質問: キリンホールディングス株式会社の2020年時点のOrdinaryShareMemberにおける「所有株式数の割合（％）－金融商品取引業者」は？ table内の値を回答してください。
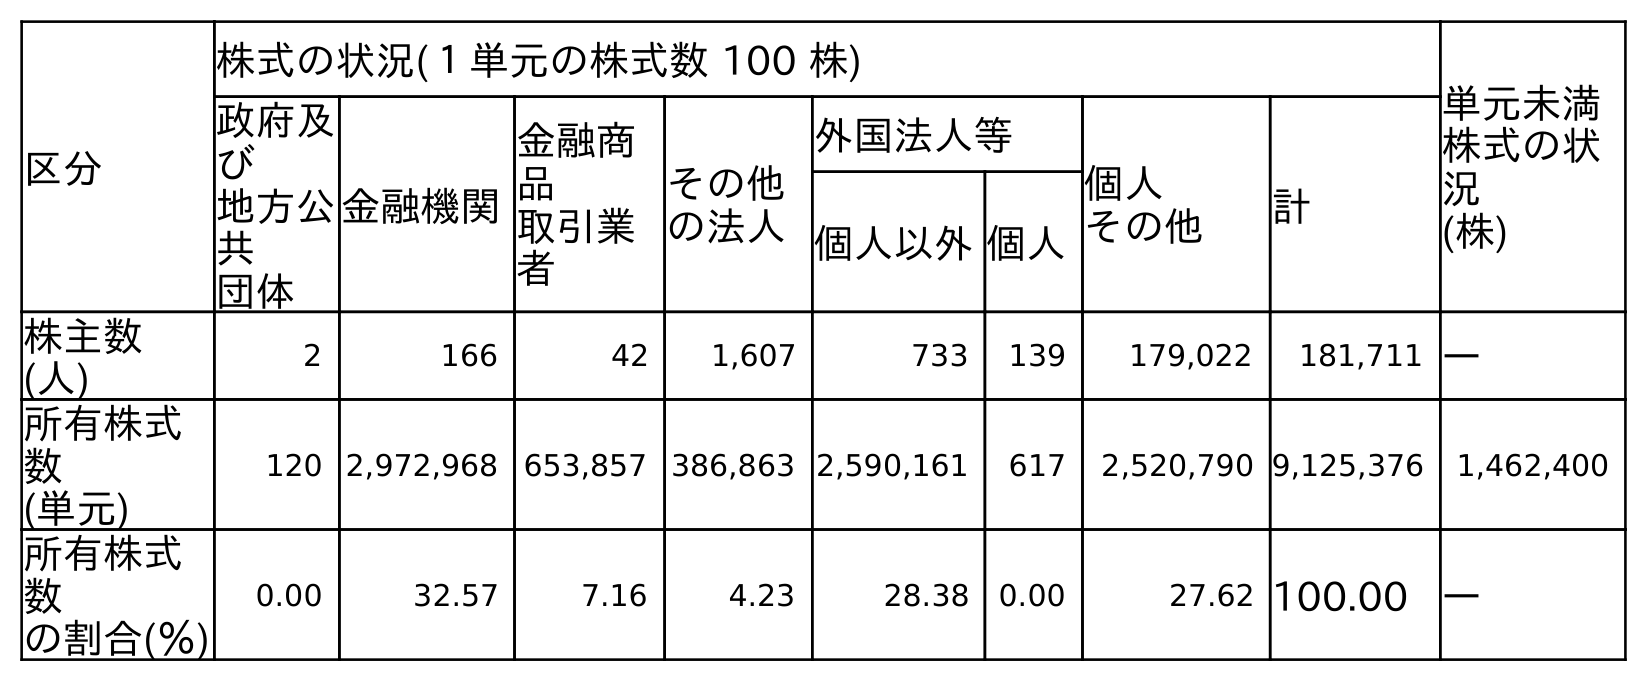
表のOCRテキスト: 区分 株式の状況(１単元の株式数 100 株) 単元未満 株式の状 況 (株) 政府及 び 地方公 共 団体 金融機関 金融商 品 取引業 者 その他 の法人 外国法人等 個人 その他 計 個人以外個人 株主数 (人) 2 166 42 1,607 733 139 179,022 181,711 ― 所有株式 数 (単元) 120 2,972,968 653,857 386,863 2,590,161 617 2,520,790 9,125,376 1,462,400 所有株式 数 の割合(％) 0.00 32.57 7.16 4.23 28.38 0.00 27.62 100.00 ―
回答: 7.16